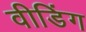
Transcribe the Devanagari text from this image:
वीडिंग